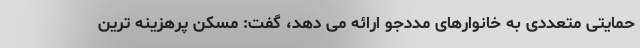
حمایتی متعددی به خانوارهای مددجو ارائه می دهد، گفت: مسکن پرهزینه ترین